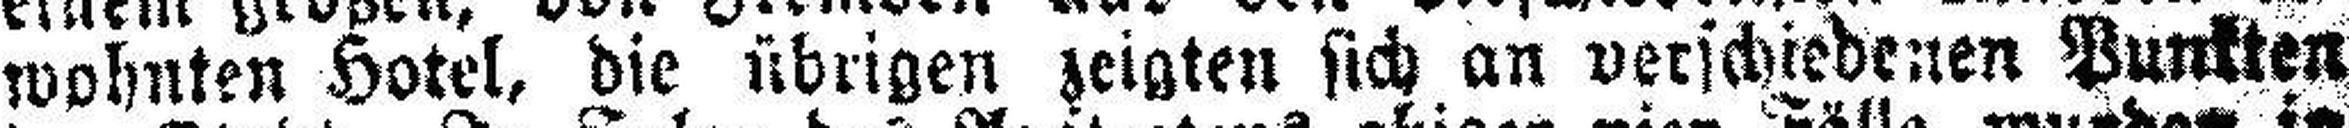
wohnten Hotel, die übrigen zeigten sich an verschiedenen Punkten